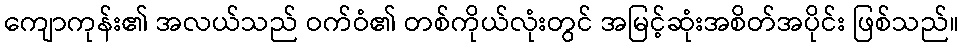
ကျောကုန်း၏ အလယ်သည် ဝက်ဝံ၏ တစ်ကိုယ်လုံးတွင် အမြင့်ဆုံးအစိတ်အပိုင်း ဖြစ်သည်။